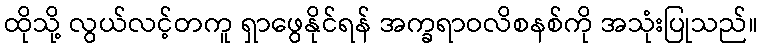
ထိုသို့ လွယ်လင့်တကူ ရှာဖွေနိုင်ရန် အက္ခရာဝလိစနစ်ကို အသုံးပြုသည်။